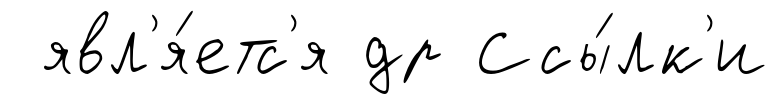
явл'я́етс'я др Ссы́лк'и